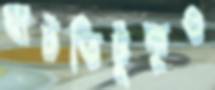
ঘাটতিটুকুও